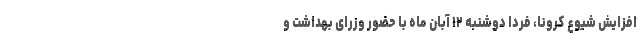
افزایش شیوع کرونا، فردا دوشنبه ۱۲ آبان ماه با حضور وزرای بهداشت و